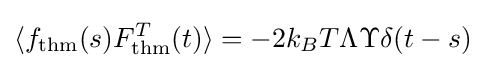
\langle f_{\mathrm {thm} }(s)F_{\mathrm {thm} }^{T}(t)\rangle =-2k_{B}{T}\Lambda \Upsilon \delta (t-s)